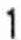
1